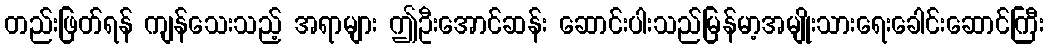
တည်းဖြတ်ရန် ကျန်သေးသည့် အရာများ ဤဦးအောင်ဆန်း ဆောင်းပါးသည်မြန်မာ့အမျိုးသားရေးခေါင်းဆောင်ကြီး